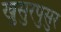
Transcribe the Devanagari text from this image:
खुसुरपुसुर